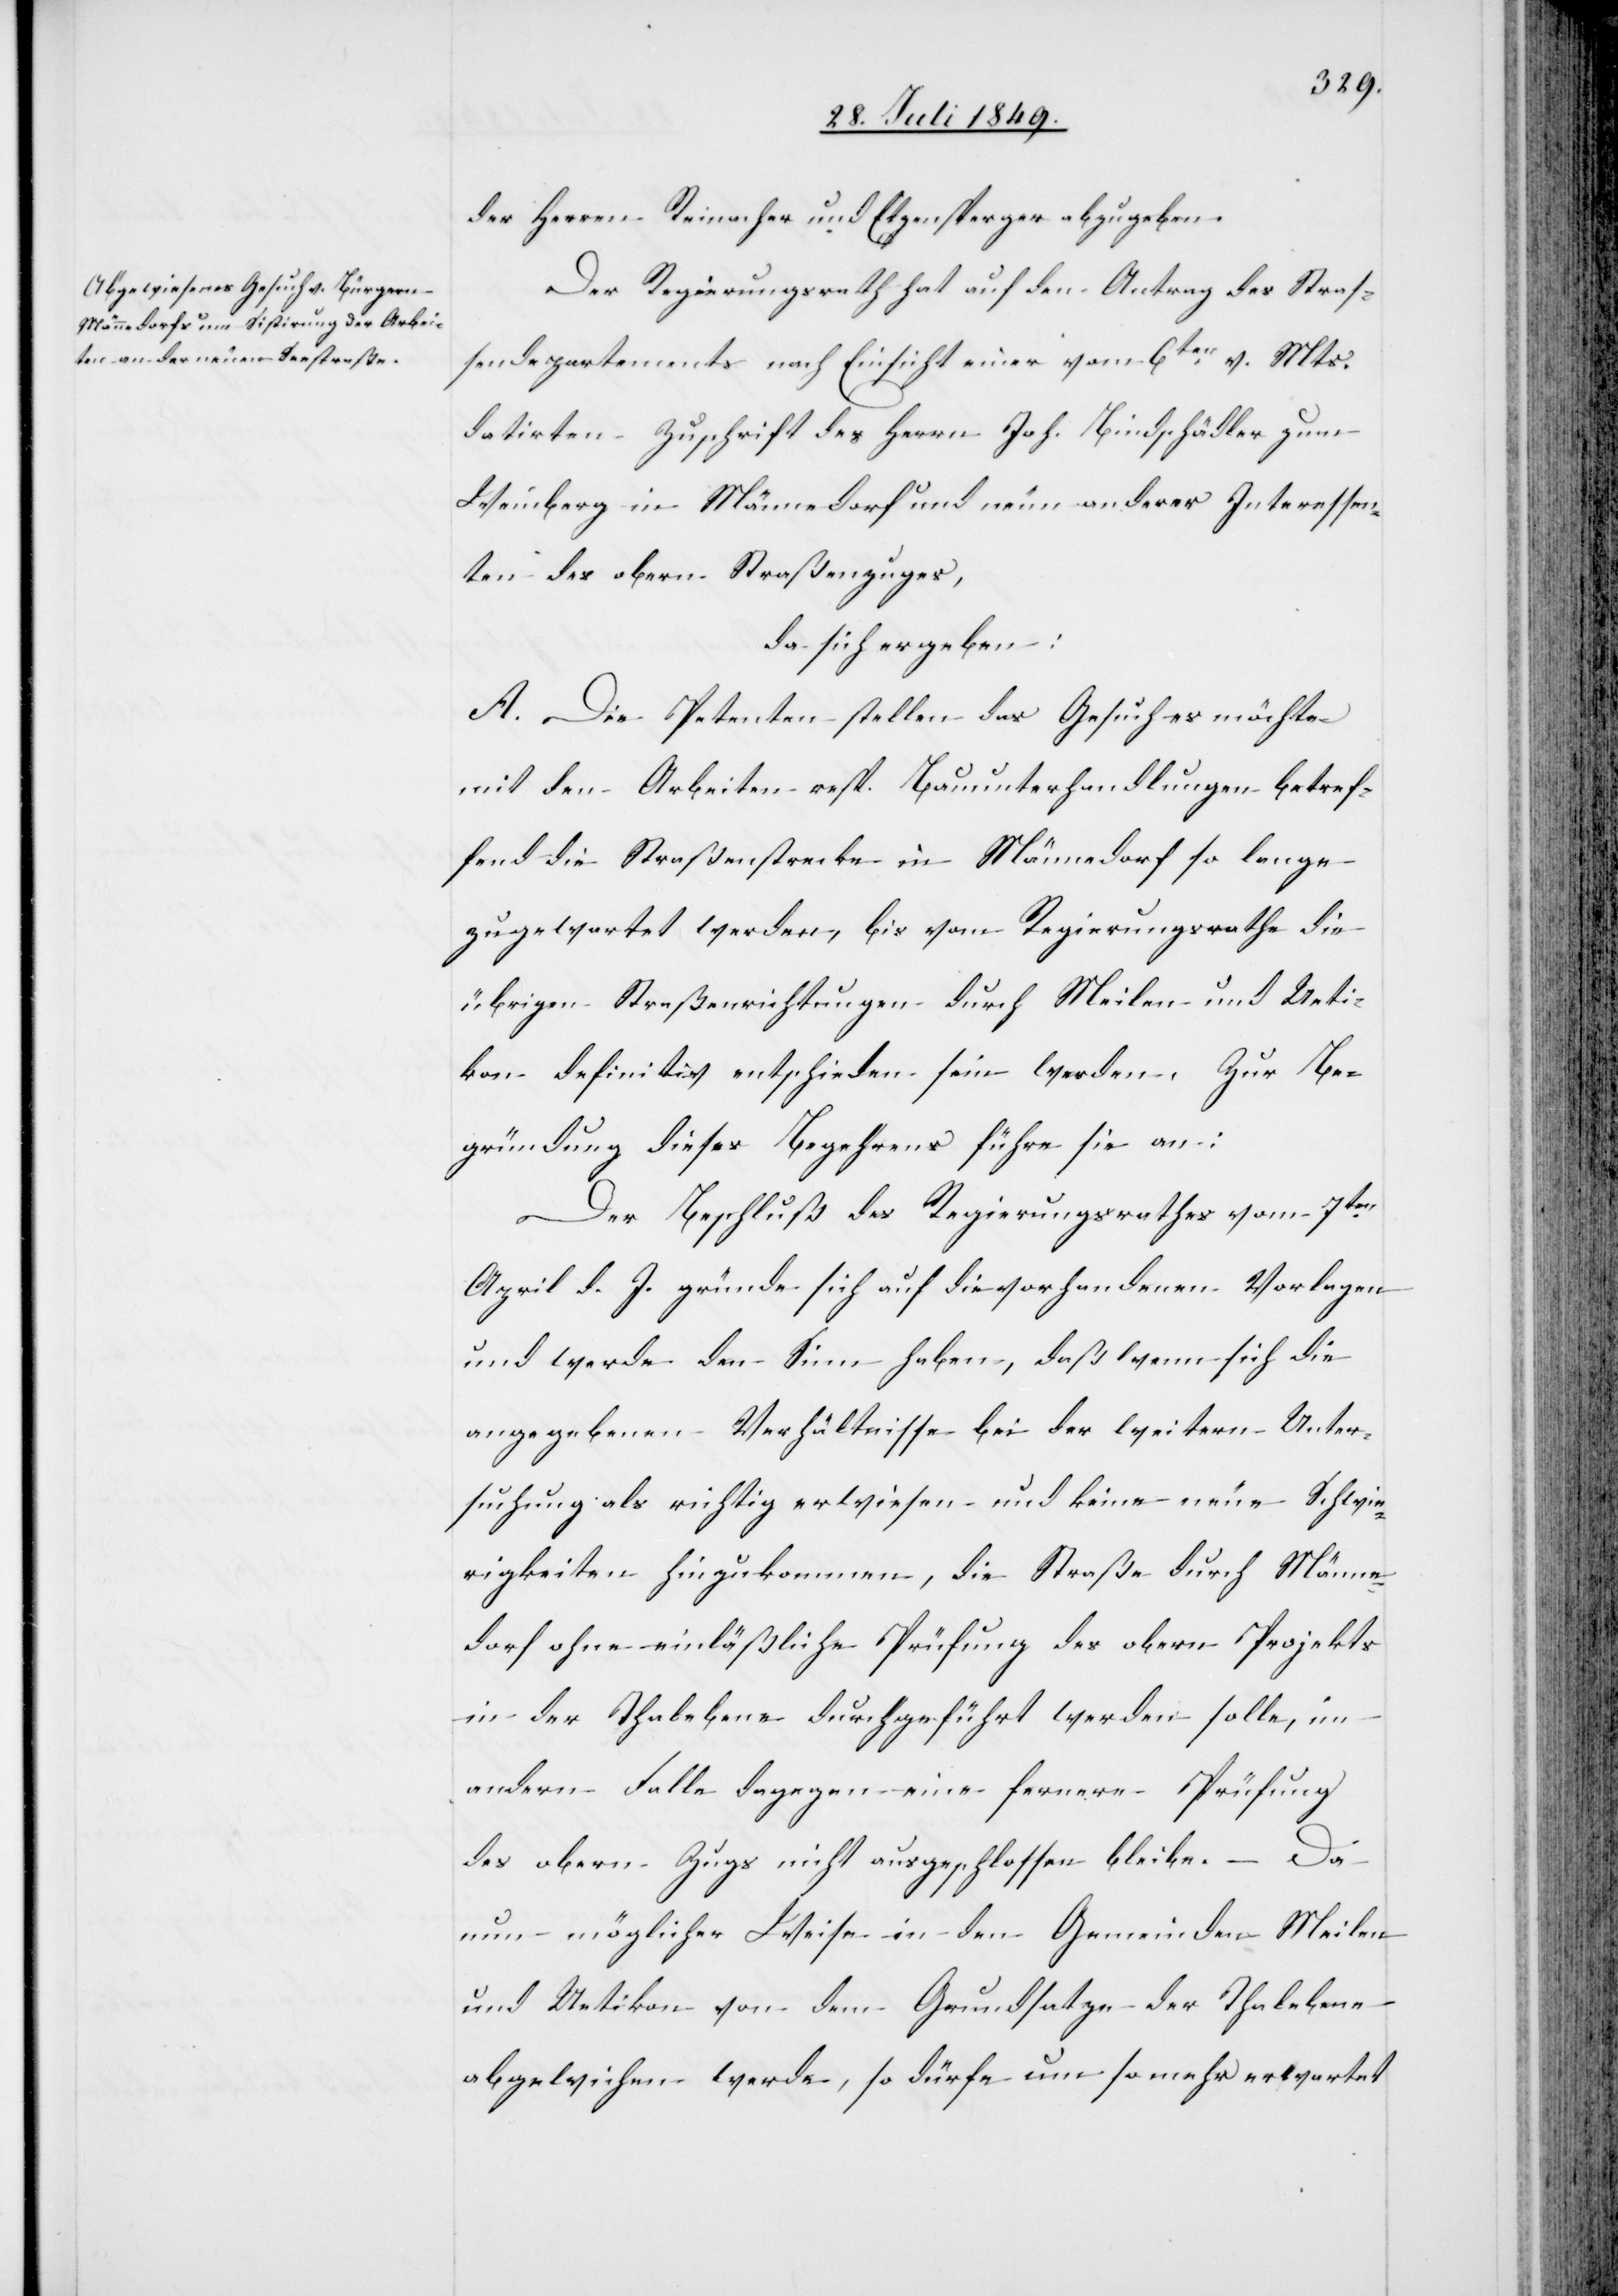
der Herren Reinacher und Etzensperger abzugeben.
Der Regierungsrath hat auf den Antrag des Stras¬
sendepartements nach Einsicht einer vom 6ten v. Mts.
datirten Zuschrift des Herrn Joh. Bindschädler zum
Weinberg in Männedorf und neun anderer Interessen¬
ten des obern Straßenzuges,
da sich ergeben:
A. Die Petenten stellen das Gesuch es möchte
mit den Arbeiten resp. Bauunterhandlungen betref¬
fend die Straßenstrecke in Männedorf so lange
zugewartet werden, bis vom Regierungsrathe die
übrigen Straßenrichtungen durch Meilen und Ueti¬
kon definitiv entschieden sein werden. Zur Be¬
gründung dieses Begehrens führe sie an:
Der Beschluß des Regierungsrathes vom 7ten
April d. J. gründe sich auf die vorhandenen Vorlagen
und werde den Sinn haben, daß wenn sich die
angegebenen Verhältnisse bei der weitern Unter¬
suchung als richtig erweisen und keine neue [sic!] Schwie¬
rigkeiten hinzukommen, die Straße durch Männe¬
dorf ohne einläßliche Prüfung des obern Projekts
in der Thalebene durchgeführt werden solle, im
andern Falle dagegen eine fernere Prüfung
des obern Zugs nicht ausgeschlossen bleibe. – Da
nun möglicher Weise in den Gemeinden Meilen
und Uetikon von dem Grundsatze der Thalebene
abgewichen werde, so dürfe um so mehr erwartet